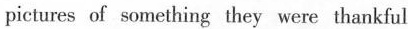
pictures of something they were thankful